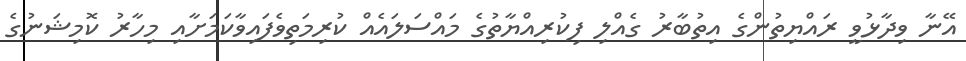
އޭނާ ވިދާޅުވީ ރައްޔިތުންގެ އިތުބާރު ގެއްލި ފިކުރިއްޔާތުގެ މައްސަލައެއް ކުރިމަތިވެފައިވާކަމަށާއި މިހާރު ކޮމިޝަނުގެ